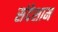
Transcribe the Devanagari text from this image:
संदेशाम